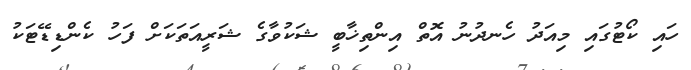
ހައި ކޯޓުގައި މިއަދު ހެނދުނު އޮތް އިންތިޚާބީ ޝަކުވާގެ ޝަރީއަތަކަށް ފަހު ކެންޑިޑޭޓަކު